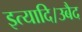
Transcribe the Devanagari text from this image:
इत्यादि।उबैद